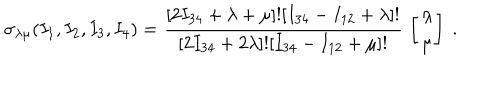
\sigma _ { \lambda \mu } ( I _ { 1 } , I _ { 2 } , I _ { 3 } , I _ { 4 } ) = { \frac { [ 2 I _ { 3 4 } + \lambda + \mu ] ! [ I _ { 3 4 } - I _ { 1 2 } + \lambda ] ! } { [ 2 I _ { 3 4 } + 2 \lambda ] ! [ I _ { 3 4 } - I _ { 1 2 } + \mu ] ! } } \, \left[ { \lambda \atop \mu } \right] \ .